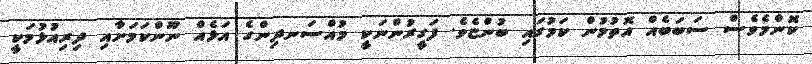
ކޮންމެވެސް ސަބަބެއް އޮތުމުން ކަމުގައި ބުންޏެވެ. ފަގީރުންނަކީ މުއްސަނދިންގެ އަޅެއް ނޫންކަމަށާއި ދިރިއުޅުމަކީ